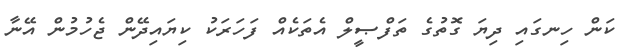
ކަން ހިނގައި ދިޔަ ގޮތުގެ ތަފްޞީލް އެތަކެއް ފަހަރަކު ކިޔައިދޭން ޖެހުމުން އޭނާ